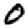
Digit: 0